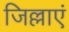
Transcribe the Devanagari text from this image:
जिल्लाएं